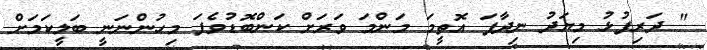
" ދަރިފުޅު މިޔަދު ނިދާފަ އޮތީމަ މަންމަ ވަރަށް ކަންބޮޑުވެފަ މިހުންނަނީ ބަލީކަމަށް